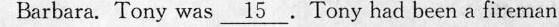
Barlsrs.Tory was\underline{15},Tany nml hernαfircmn